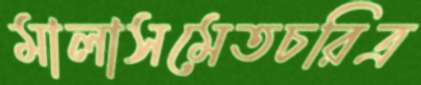
মালাসমেতচরিত্র